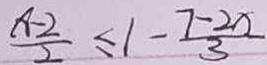
\frac { x - 2 } { 2 } \leq 1 - \frac { 7 - 2 x } { 3 }